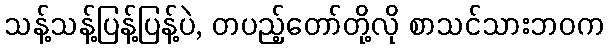
သန့်သန့်ပြန့်ပြန့်ပဲ, တပည့်တော်တို့လို စာသင်သားဘဝက